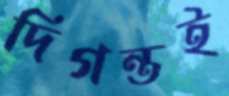
দিগন্তই